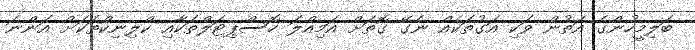
ބަލިމީހުންގެ އަތުން ވަކި އަގުތަކެއް ނެގޭ ގޮތަށް އަމިއްލަ ހޮސްޕިޓަލްތަކާއި ކްލިނިކްތަކަށް އަންނަ